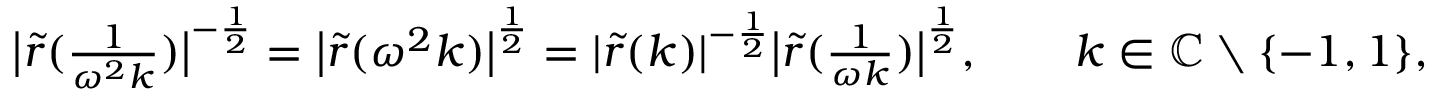
\begin{array} { r } { \big | \tilde { r } ( \frac { 1 } { \omega ^ { 2 } k } ) \big | ^ { - \frac { 1 } { 2 } } = \big | \tilde { r } ( \omega ^ { 2 } k ) \big | ^ { \frac { 1 } { 2 } } = | \tilde { r } ( k ) | ^ { - \frac { 1 } { 2 } } \big | \tilde { r } ( \frac { 1 } { \omega k } ) \big | ^ { \frac { 1 } { 2 } } , \qquad k \in \mathbb { C } \setminus \{ - 1 , 1 \} , } \end{array}